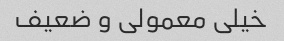
خیلى معمولى و ضعیف